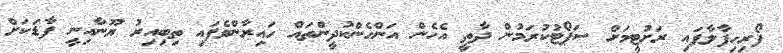
ފޯރިހިފާލާފައި ރަށުޓީމަށް ސަޕޯޓުކުރަމުން ދާތީ އެހެން އަންހެންކުދީންތައް ހައިރާންވެފައި ތިބިއިރު ޔޫނާއިނީ ފާޑަކަށް